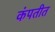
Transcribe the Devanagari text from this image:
कंपतीत